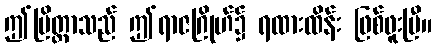
ဤပြိတ္တာသည် ဤရာဇဂြိုဟ်၌ ရထားထိန်း ဖြစ်ဖူးပြီ။